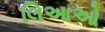
લિઆઓ